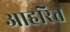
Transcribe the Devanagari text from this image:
आहरित